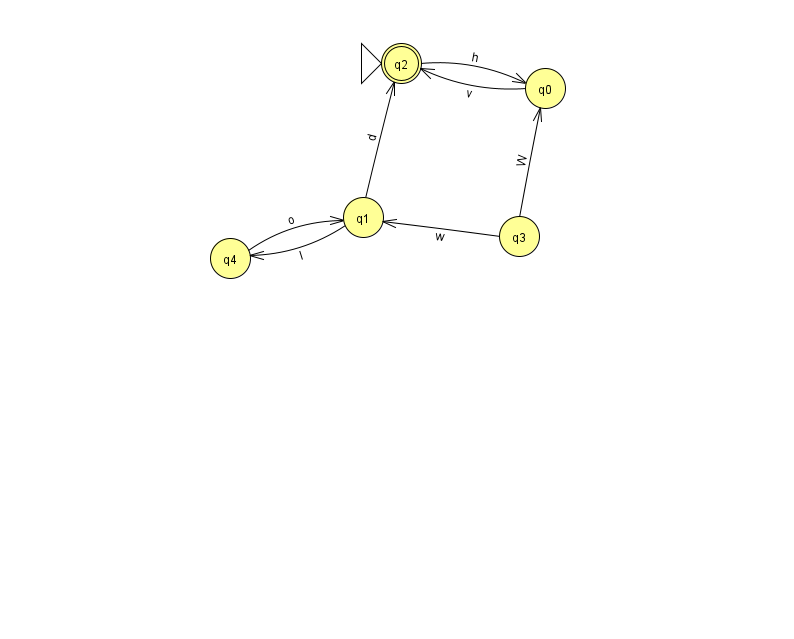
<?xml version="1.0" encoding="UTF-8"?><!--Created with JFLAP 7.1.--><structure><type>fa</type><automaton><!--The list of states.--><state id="0" name="q0"><x>545.0</x><y>75.0</y></state><state id="1" name="q1"><x>363.0</x><y>204.0</y></state><state id="2" name="q2"><x>401.0</x><y>50.0</y><initial/><final/></state><state id="3" name="q3"><x>519.0</x><y>223.0</y></state><state id="4" name="q4"><x>230.0</x><y>245.0</y></state><!--The list of transitions.--><transition><from>1</from><to>4</to><read>I</read></transition><transition><from>2</from><to>0</to><read>h</read></transition><transition><from>4</from><to>1</to><read>o</read></transition><transition><from>1</from><to>2</to><read>d</read></transition><transition><from>0</from><to>2</to><read>v</read></transition><transition><from>3</from><to>1</to><read>w</read></transition><transition><from>3</from><to>0</to><read>W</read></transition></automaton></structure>